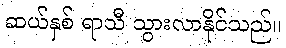
ဆယ်နှစ် ရာသီ သွားလာနိုင်သည်။